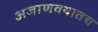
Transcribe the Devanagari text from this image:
अजाणवयातच